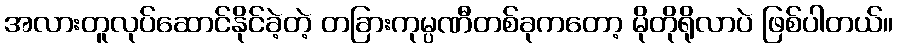
အလားတူလုပ်ဆောင်နိုင်ခဲ့တဲ့ တခြားကုမ္ပဏီတစ်ခုကတော့ မိုတိုရိုလာပဲ ဖြစ်ပါတယ်။